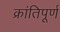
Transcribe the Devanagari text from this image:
क्रांतिपूर्ण